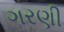
ગરણી